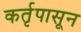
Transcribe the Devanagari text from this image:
कर्तृपासून